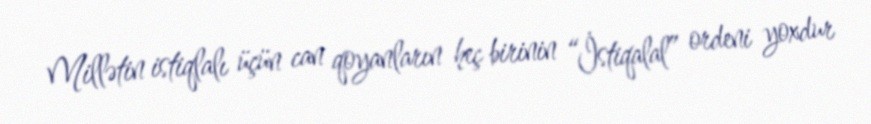
Millətin istiqlalı üçün can qoyanların heç birinin “İstiqalal” ordeni yoxdur